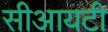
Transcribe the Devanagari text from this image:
सीआयटी